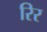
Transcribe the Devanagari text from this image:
रिर